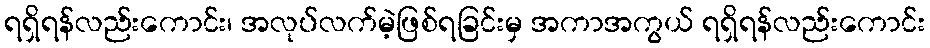
ရရှိရန်လည်းကောင်း၊ အလုပ်လက်မဲ့ဖြစ်ရခြင်းမှ အကာအကွယ် ရရှိရန်လည်းကောင်း